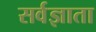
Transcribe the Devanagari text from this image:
सर्वज्ञाता